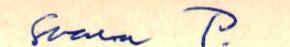
Saara P.